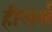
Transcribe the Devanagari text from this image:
हीलर्स